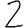
Digit: 2